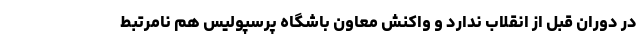
در دوران قبل از انقلاب ندارد و واکنش معاون باشگاه پرسپولیس هم نامرتبط